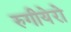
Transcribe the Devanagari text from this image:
रुगीयेरो